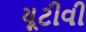
યૂટીવી